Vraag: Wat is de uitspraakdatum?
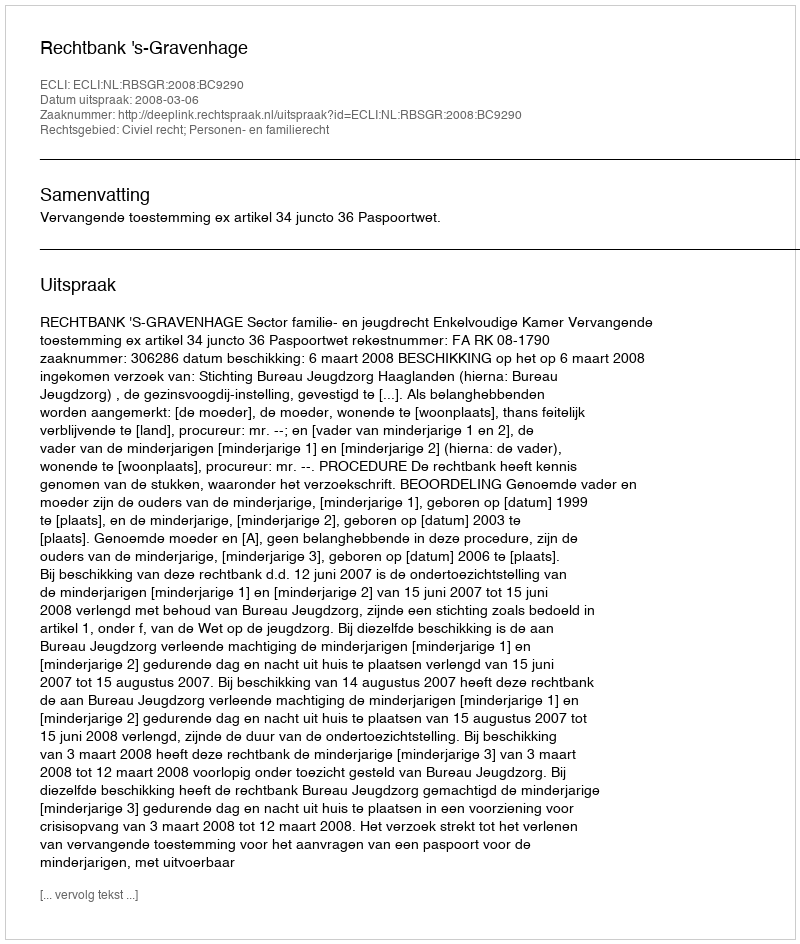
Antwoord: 2008-03-06